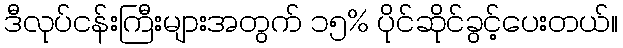
ဒီလုပ်ငန်းကြီးများအတွက် ၁၅% ပိုင်ဆိုင်ခွင့်ပေးတယ်။